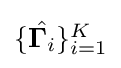
{\textstyle \{{\hat {\mathbf {\Gamma } _{i}}}\}_{i=1}^{K}}